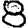
Digit: 8